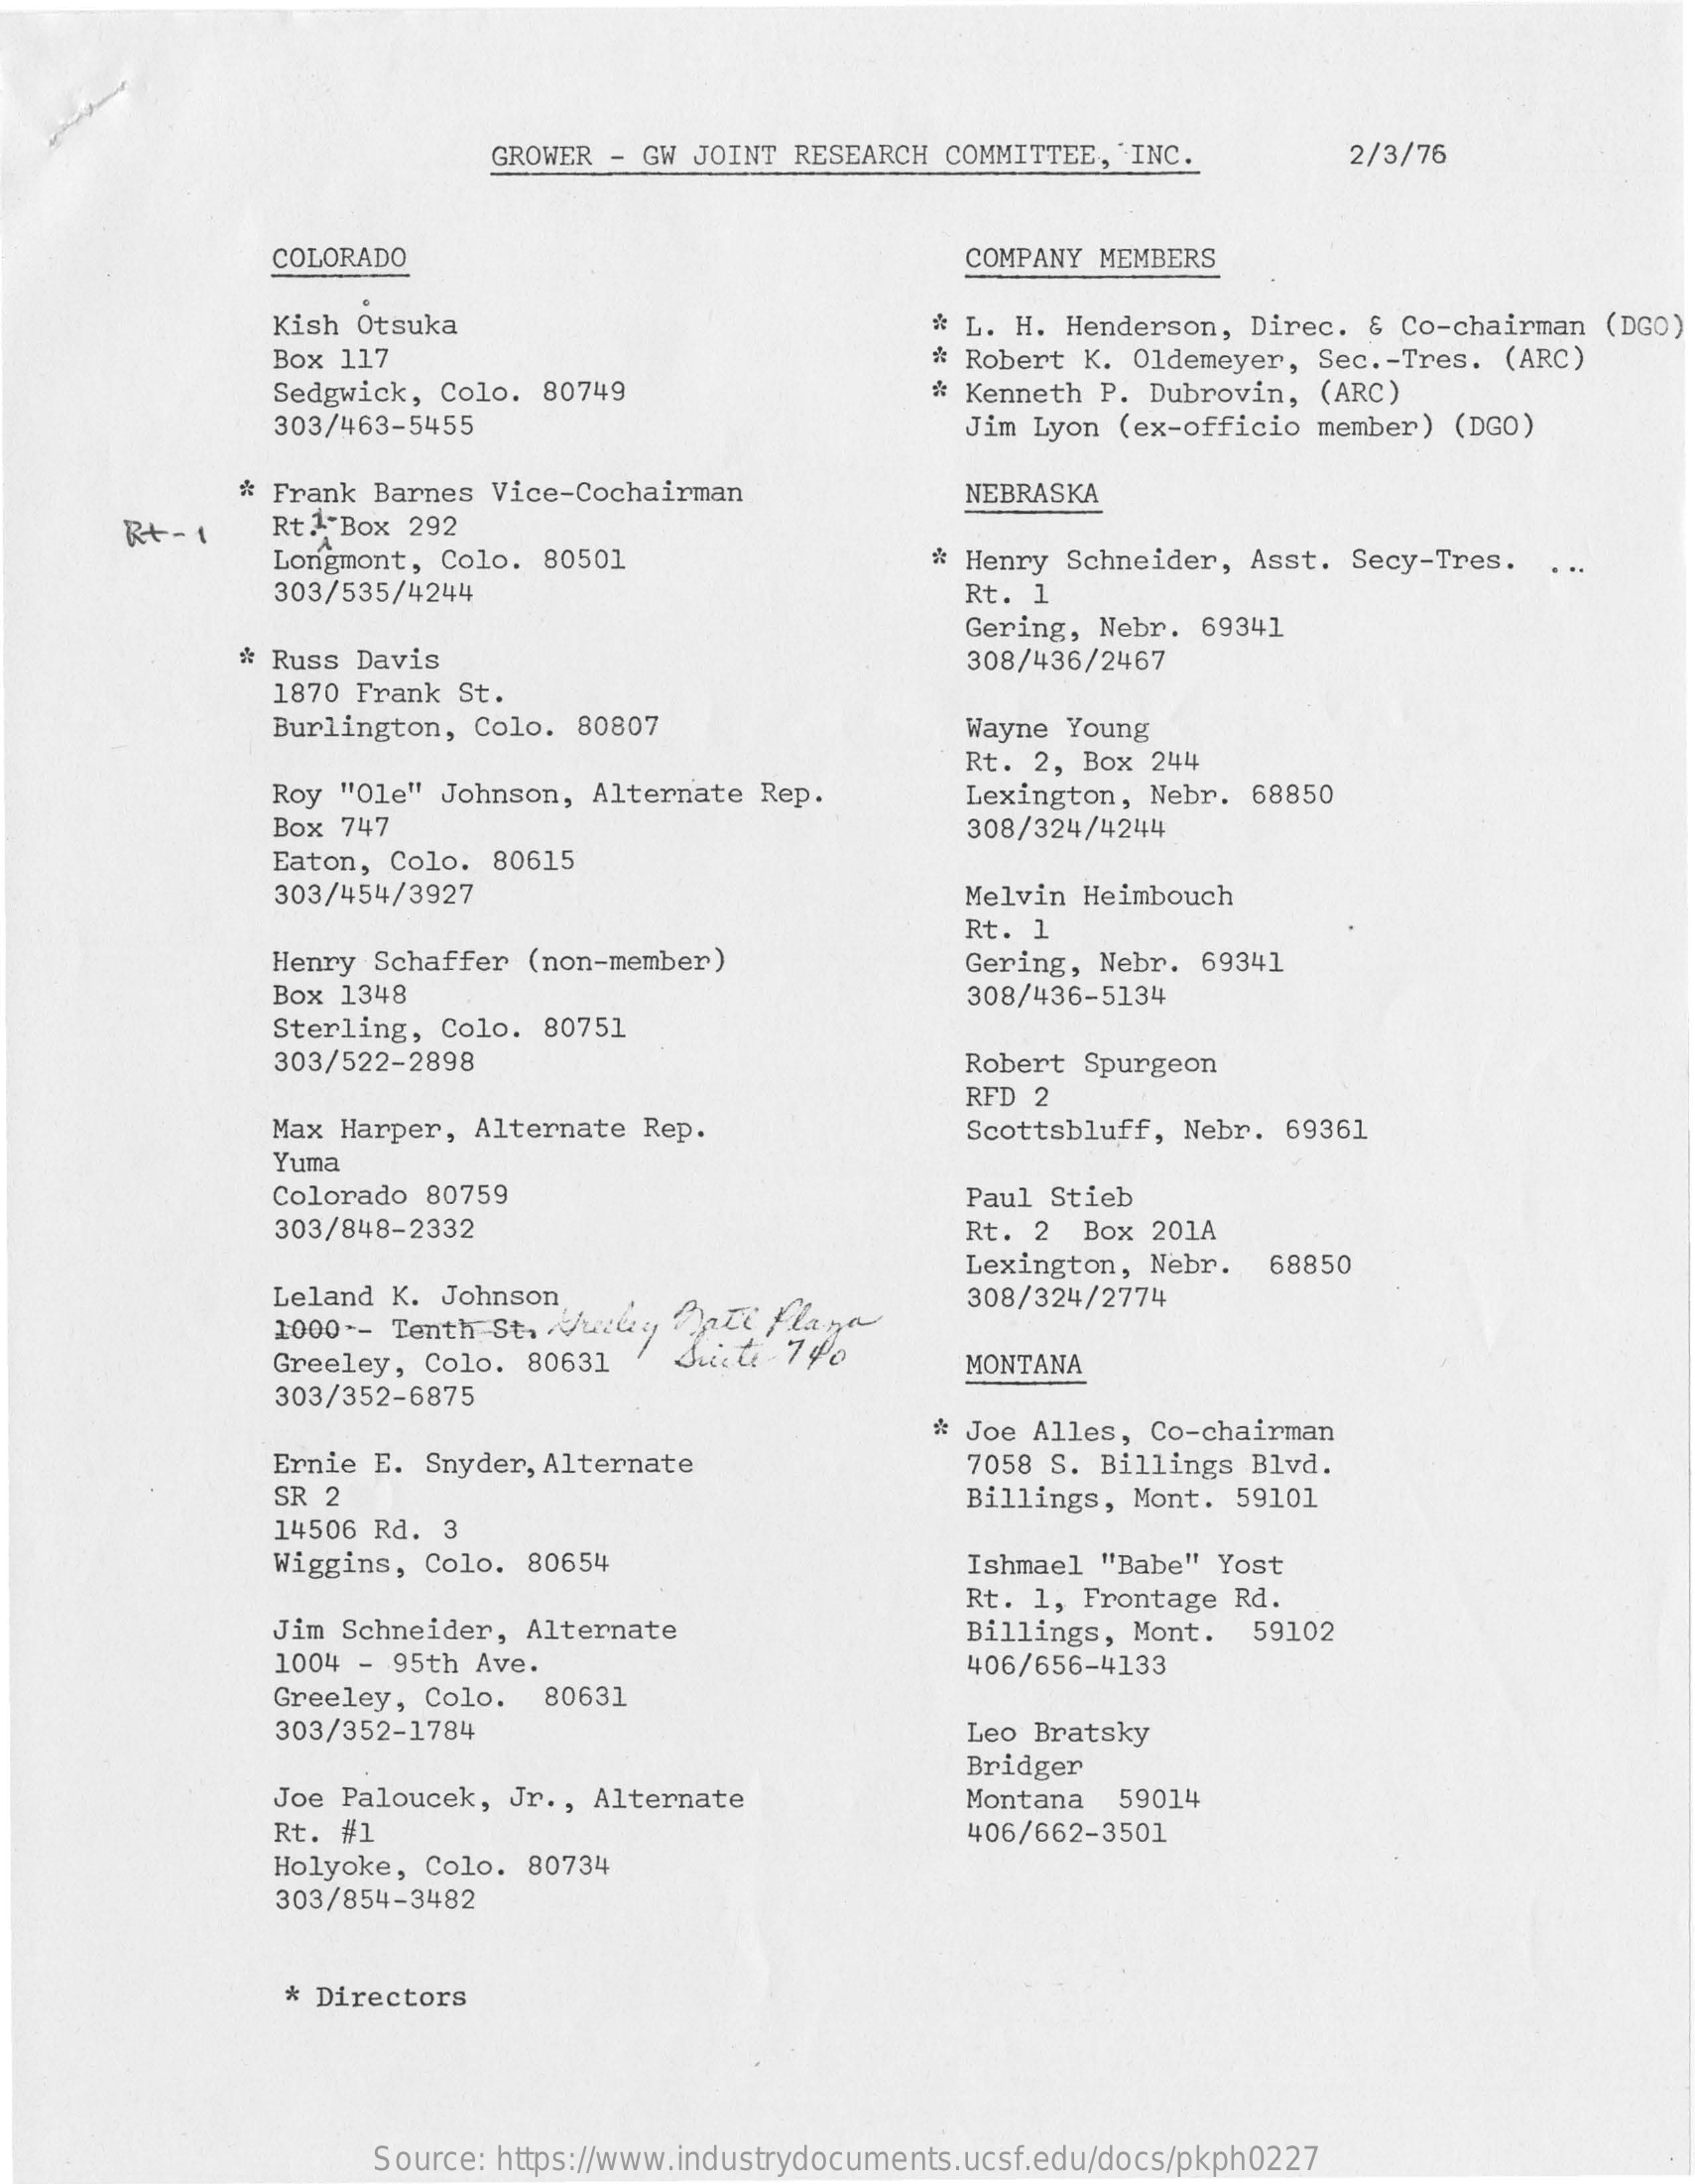
GROWER - GW JOINT RESEARCH  COMMITTEE, INC.    2/3/76
     COLORADO    COMPANY MEMBERS
     Kish Otsuka    * L. H. Henderson,  Direc. & Co-chairman  (DGO)
     Box 117    * Robert K. Oldemeyer,  Sec .- Tres. (ARC)
     Sedgwick, Colo.  80749
     303/463-5455
     * Kenneth P. Dubrovin,  (ARC)
     Jim Lyon (ex-officio  member) (DGO)
     * Frank Barnes Vice-Cochairman    NEBRASKA
     Rt-  1    Rt 1 Box 292
     Longmont, Colo.  80501    # Henry Schneider,  Asst. Secy-Tres.
     303/535/4244    Rt. 1
     Gering, Nebr.  69341
     * Russ Davis    308/436/2467
     1870 Frank St.
     Burlington, Colo.  80807    Wayne Young
     Rt. 2, Box  244
     Roy "Ole" Johnson,  Alternate Rep.    Lexington,  Nebr. 68850
     Box 747    308/324/4244
     Eaton, Colo. 80615
     303/454/3927    Melvin Heimbouch
     Rt. 1
     Henry Schaffer (non-member)    Gering, Nebr.  69341
     Box 1348    308/436-5134
     Sterling, Colo.  80751
     303/522-2898    Robert Spurgeon
     RFD 2
     Max Harper, Alternate  Rep.    Scottsbluff, Nebr.  69361
     Yuma
     Colorado 80759    Paul Stieb
     303/848-2332    Rt. 2  Box  201A
     Lexington,  Nebr.  68850
     Leland K. Johnson,
     1000 -- Tenth St. Suchy  Thati flana
     308/324/2774
     Greeley, Colo.  80631    MONTANA
     303/352-6875
     * Joe Alles,  Co-chairman
     Ernie E. Snyder, Alternate    7058 S. Billings  Blvd.
     SR 2    Billings, Mont.  59101
     14506 Rd. 3
     Wiggins, Colo.  80654    Ishmael "Babe"  Yost
     Rt. 1, Frontage  Rd.
     Jim Schneider, Alternate    Billings, Mont.   59102
     1004 - 95th Ave.    406/656-4133
     Greeley, Colo.   80631
     303/352-1784    Leo Bratsky
     Bridger
     Joe Paloucek, Jr ., Alternate    Montana   59014
     Rt. #1    406/662-3501
     Holyoke, Colo.  80734
     303/854-3482
     * Directors
     Source: https://www.industrydocuments.ucsf.edu/docs/pkph0227